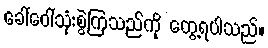
ခေါ်ဝေါ်သုံးစွဲကြသည်ကို တွေ့ရပါသည်။